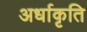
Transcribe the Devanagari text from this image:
अर्धाकृति